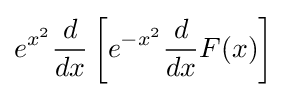
e^{x^{2}}{\frac {d}{dx}}\left[e^{-x^{2}}{\frac {d}{dx}}F(x)\right]